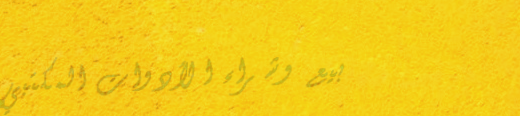
بيع وشراء الأدوات المكتبي